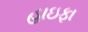
હાઇફા